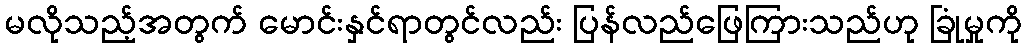
မလိုသည့်အတွက် မောင်းနှင်ရာတွင်လည်း ပြန်လည်ဖြေကြားသည်ဟု ခြုံမှုကို